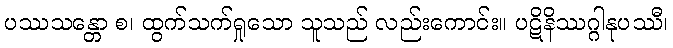
ပဿသန္တော စ၊ ထွက်သက်ရှုသော သူသည် လည်းကောင်း။ ပဋိနိဿဂ္ဂါနုပဿီ၊